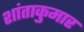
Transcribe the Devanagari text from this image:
शांताकुमार